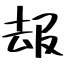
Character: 叝